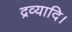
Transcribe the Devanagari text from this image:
द्रव्यादि।